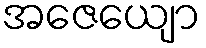
အဇေယျော